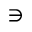
\ni